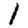
Digit: 1